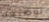
توضيحه